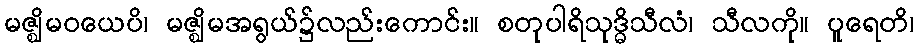
မဇ္ဈိမဝယေပိ၊ မဇ္ဈိမအရွယ်၌လည်းကောင်း။ စတုပါရိသုဒ္ဓိသီလံ၊ သီလကို။ ပူရေတိ၊